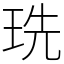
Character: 珗